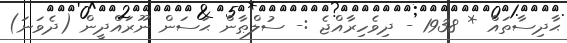
ޙާދިސާތައް * 1938 - ދިވެހިރާއްޖެ :- ސުލްޠާން ޙަސަން ނޫރައްދީން (ދެވަނަ)